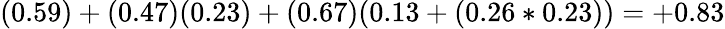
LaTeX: (0.59)+(0.47)(0.23)+(0.67)(0.13+(0.26*0.23))=+0.83